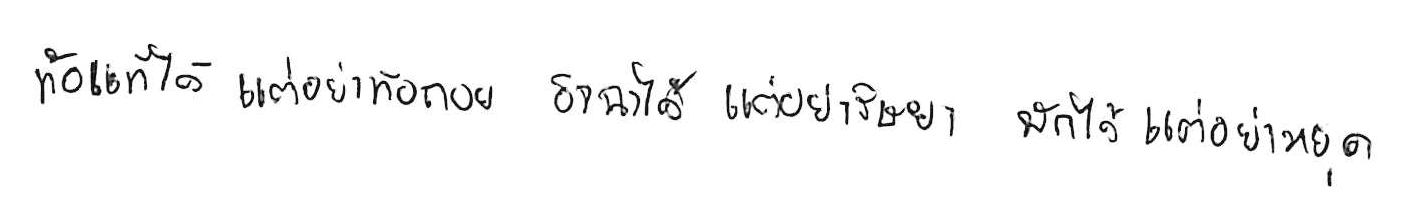
ท้อแท้ได้ แต่อย่าท้อถอย อิจฉาได้ แต่อย่าริษยา พักได้ แต่อย่าหยุด